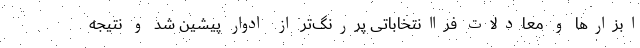
ابزارها و معادلات فراانتخاباتی پررنگ‌تر از ادوار پیشین شد و نتیجه